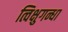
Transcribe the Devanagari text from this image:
त्विक्षुगन्धा